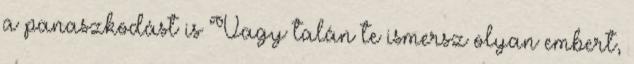
a panaszkodást is Vagy talán te ismersz olyan embert,